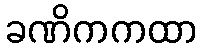
ခဏိကကထာ